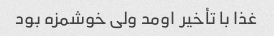
غذا با تأخیر اومد ولی خوشمزه بود